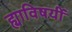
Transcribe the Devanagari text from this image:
ह्याविषयीं